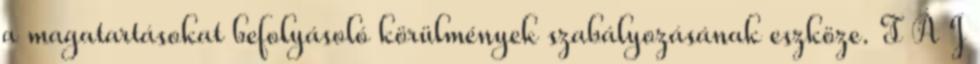
a magatartásokat befolyásoló körülmények szabályozásának eszköze. T Á J